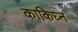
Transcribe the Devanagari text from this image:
काकिघ्न